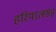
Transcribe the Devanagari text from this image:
हरियालसह